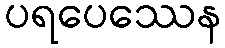
ပရပေဿေန